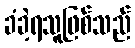
ခံခဲ့ရသူဖြစ်သည်